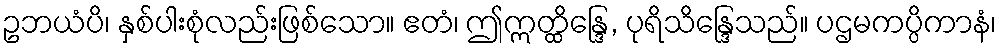
ဥဘယံပိ၊ နှစ်ပါးစုံလည်းဖြစ်သော။ ဧတံ၊ ဤဣတ္ထိန္ဒြေ, ပုရိသိန္ဒြေသည်။ ပဌမကပ္ပိကာနံ၊